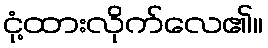
ငုံ့ထားလိုက်လေ၏။